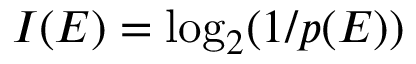
I ( E ) = \log _ { 2 } ( 1 / p ( E ) )